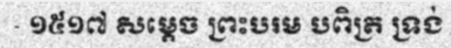
- ១៥១៧ សម្តេច ព្រះបរម បពិត្រ ទ្រង់